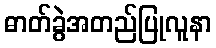
ဓာတ်ခွဲအတည်ပြုလူနာ